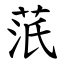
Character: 䓋